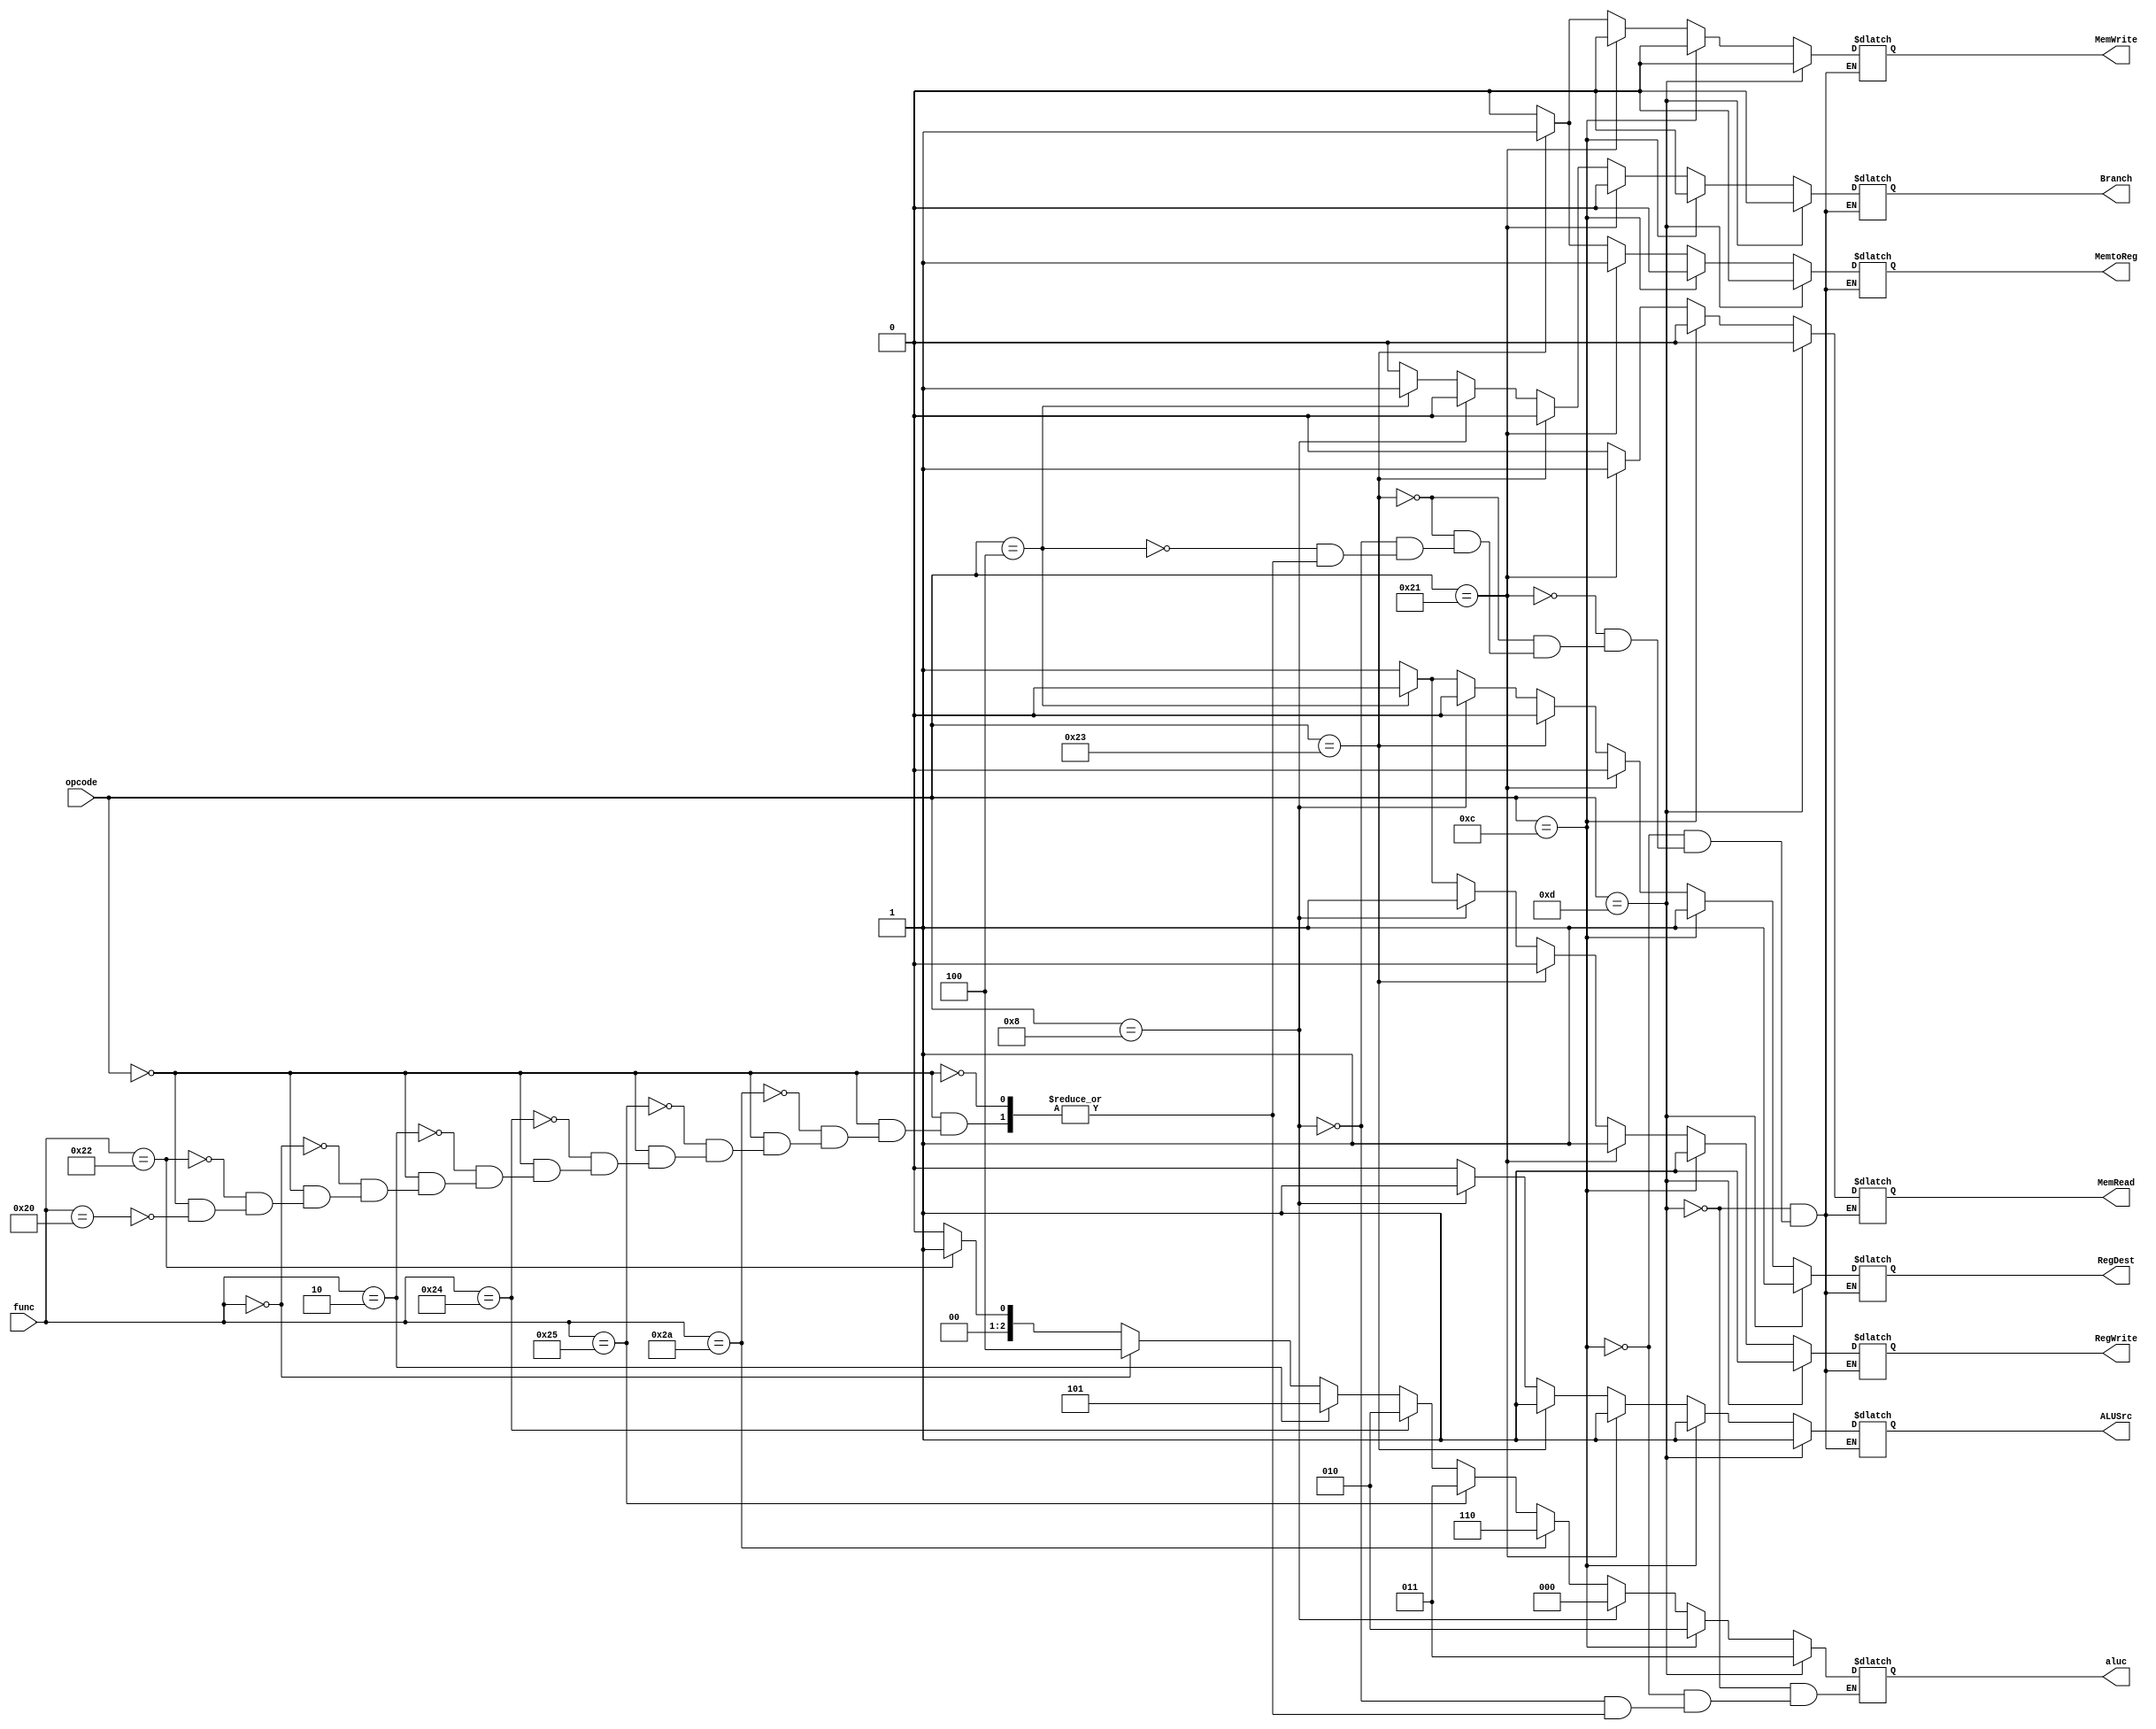

module ControlUnit(
    input [5:0] opcode, func,
    output reg RegDest, Branch, MemRead ,MemtoReg, MemWrite, ALUSrc, RegWrite,
    output reg [2:0] aluc
    );

always @ (opcode or func ) begin



   // the R-types 
   
   if ( opcode == 6'b000000 ) begin 
    // ADD
      if (func == 6'b100000 ) begin 
         RegDest =  1;
         Branch = 0;
         MemRead = 0;
         MemtoReg = 0;
         MemWrite = 0;
         ALUSrc = 0;
         RegWrite =  1;
         aluc=3'b000;
      
        end
   
   // SUB
       if (func == 6'b100010 ) begin
       
         RegDest = 1;
         Branch = 0;
         MemRead = 0;
         MemtoReg = 0;
         MemWrite = 0;
         ALUSrc = 0;
         RegWrite =  1;
         aluc=3'b001;
       
         end 
   
    //SLL 
    
      if (func == 6'b000000 ) begin 
      
       RegDest = 1;
         Branch = 0;
         MemRead = 0;
         MemtoReg = 0;
         MemWrite = 0;
         ALUSrc = 0;
         RegWrite =  1;
         aluc=3'b100;
      
      
         end
      
      
     //SRL 
      if( func == 6'b000010) begin
      
       RegDest = 1;
         Branch = 0;
         MemRead = 0;
         MemtoReg = 0;
         MemWrite = 0;
         ALUSrc = 0;
         RegWrite =  1;
         aluc=3'b101;
         end 
        
      //AND
      
      if(func == 6'b100100) begin
       RegDest = 1;
         Branch = 0;
         MemRead = 0;
         MemtoReg = 0;
         MemWrite = 0;
         ALUSrc = 0;
         RegWrite =  1;
         aluc=3'b010;
      
        end
      
      //OR
      if( func == 6'b100101 ) begin
      
      
       RegDest = 1;
         Branch = 0;
         MemRead = 0;
         MemtoReg = 0;
         MemWrite = 0;
         ALUSrc = 0;
         RegWrite =  1;
         aluc=3'b011;
        end 
      
      
      
      //STL
      
      if (func == 6'b101010) begin
      
       RegDest = 1;
         Branch = 0;
         MemRead = 0;
         MemtoReg = 0;
         MemWrite = 0;
         ALUSrc = 0;
         RegWrite =  1;
         aluc=3'b110;
         end
      
      
   end
//BEQ

if( opcode == 6'b000100) begin
   
         RegDest =  0;
         Branch = 1;
         MemRead = 0;
         MemtoReg = 0;
         MemWrite = 0;
         ALUSrc = 0;
         RegWrite =  0;
   
   end


 // ADDi
   if( opcode == 6'b001000) begin
   
         RegDest =  0;
         Branch = 0;
         MemRead = 0;
         MemtoReg = 0;
         MemWrite = 0;
         ALUSrc = 1;
         RegWrite =  1;
         aluc=3'b000;
         
   end
   // LW 
   if( opcode == 6'b100011) begin
         RegDest =  0;
         Branch = 0;
         MemRead = 1;
         MemtoReg = 1;
         MemWrite = 0;
         ALUSrc = 1;
         RegWrite =  1;
   end 
    //SW 
   if( opcode == 6'b100011) begin
         RegDest =  0;
         Branch = 0;
         MemRead = 0;
         MemtoReg = 1;
         MemWrite = 1;
         ALUSrc = 1;
         RegWrite =  0;
   end
   // LH
   if( opcode == 6'b100001) begin
         RegDest =  0;
         Branch = 0;
         MemRead = 1;
         MemtoReg = 1;
         MemWrite = 0;
         ALUSrc = 1;
         RegWrite =  1;
   end
   
   
   // ANDi
   if( opcode == 6'b001100) begin
        RegDest = 1;
         Branch = 0;
         MemRead = 0;
         MemtoReg = 0;
         MemWrite = 0;
         ALUSrc = 1;
         RegWrite =  1;
         aluc=3'b010;
   end
   
   // ori
   if( opcode == 6'b001101) begin
         RegDest = 1;
         Branch = 0;
         MemRead = 0;
         MemtoReg = 0;
         MemWrite = 0;
         ALUSrc = 1;
         RegWrite =  1;
         aluc=3'b011;
   end
	

end

endmodule